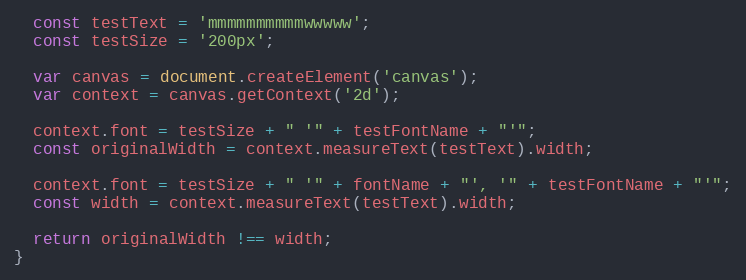
Language: JavaScript
  const testText = 'mmmmmmmmmmwwwww';
  const testSize = '200px';

  var canvas = document.createElement('canvas');
  var context = canvas.getContext('2d');

  context.font = testSize + " '" + testFontName + "'";
  const originalWidth = context.measureText(testText).width;

  context.font = testSize + " '" + fontName + "', '" + testFontName + "'";
  const width = context.measureText(testText).width;

  return originalWidth !== width;
}